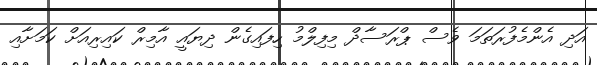
އަދި އެންމެފުރަތަމަ ވެސް ޕްރަސާދް މިފިލްމު ހިފައިގެން ދިޔައީ އާމިރް ކައިރިއަށް ކަމަށާއި